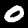
Label: 0